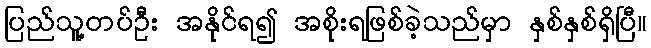
ပြည်သူ့တပ်ဦး အနိုင်ရ၍ အစိုးရဖြစ်ခဲ့သည်မှာ နှစ်နှစ်ရှိပြီ။